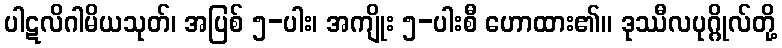
ပါဋလိဂါမိယသုတ်၊ အပြစ် ၅-ပါး၊ အကျိုး ၅-ပါးစီ ဟောထား၏။ ဒုဿီလပုဂ္ဂိုလ်တို့